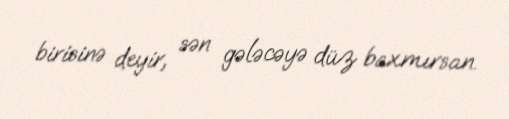
birisinə deyir, sən gələcəyə düz baxmırsan.